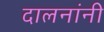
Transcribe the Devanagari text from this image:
दालनांनी